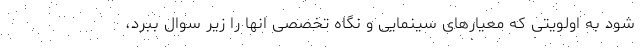
شود به اولویتی که معیارهای سینمایی و نگاه تخصصی انها را زیر سوال ببرد،